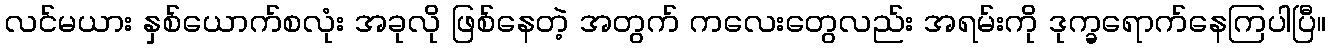
လင်မယား နှစ်ယောက်စလုံး အခုလို ဖြစ်နေတဲ့ အတွက် ကလေးတွေလည်း အရမ်းကို ဒုက္ခရောက်နေကြပါပြီ။